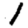
Digit: 1